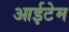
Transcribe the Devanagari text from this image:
आईटेम